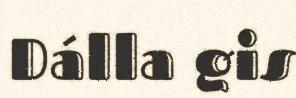
Dálla gis